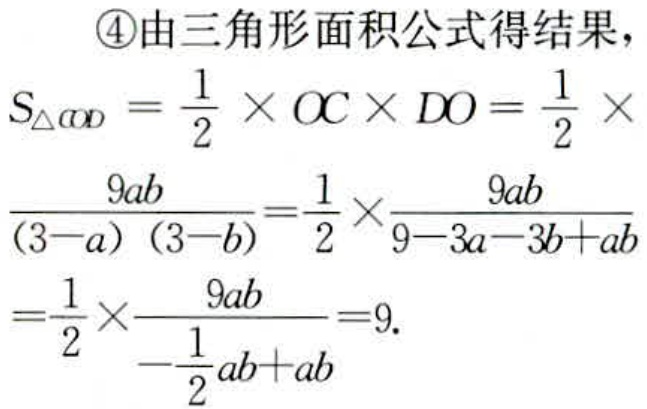
\begin{align*}
&\textcircled{4}由三角形面积公式得结果，\\
&S_{\triangle COD}=\frac{1}{2}\times OC\times DO = \frac{1}{2}\times\\
&\frac{9ab}{(3 - a)(3 - b)}=\frac{1}{2}\times\frac{9ab}{9 - 3a - 3b + ab}\\
&=\frac{1}{2}\times\frac{9ab}{-\frac{1}{2}ab + ab}=9.
\end{align*}